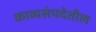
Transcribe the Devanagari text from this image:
काव्यसंपदेतील